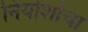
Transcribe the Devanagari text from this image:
नियोशोचा